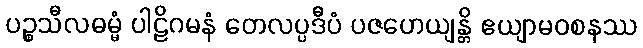
ပဉ္စသီလဓမ္မံ ပါဠိဂမနံ တေလပ္ပဒီပံ ပဇဟေယျန္တိ ဧယျာမဝစနဿ